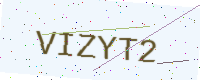
Text: VIZYT2